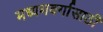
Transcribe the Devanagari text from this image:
मध्यमवर्गासाठी